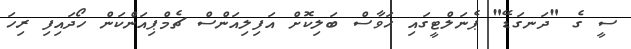
ސީ ގެ "ދަނގަޑޭ" ޕެނަލްޓީގައި ހަވާސް ބަލިކޮށް އަފިލިއަންސް ޗެމްޕިއަންކަން ހޯދައިފި ރިހަ